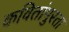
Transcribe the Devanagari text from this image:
कवितांपुरता